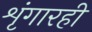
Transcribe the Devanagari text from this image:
शृंगारही